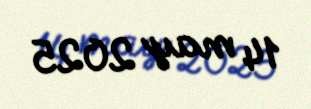
14 may 2025